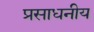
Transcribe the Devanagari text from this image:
प्रसाधनीय